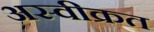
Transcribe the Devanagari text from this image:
अस्वीक्रत